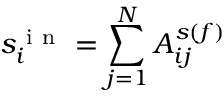
s _ { i } ^ { \mathrm { ~ i ~ n ~ } } = \sum _ { j = 1 } ^ { N } A _ { i j } ^ { s ( f ) }